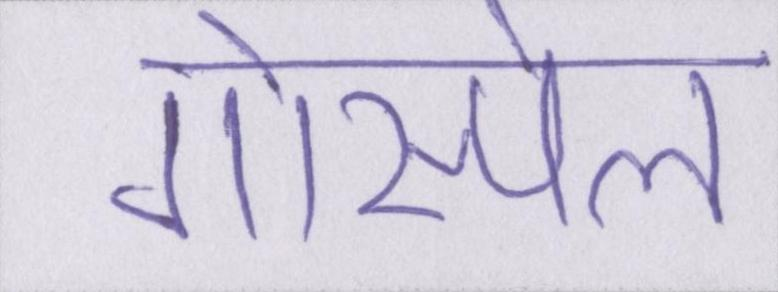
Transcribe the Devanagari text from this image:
गोस्पेल